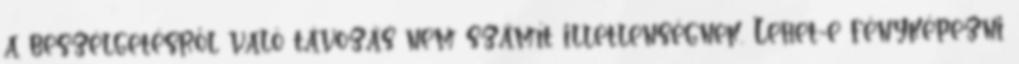
a beszélgetésről való távozás nem számít illetlenségnek. Lehet-e fényképezni